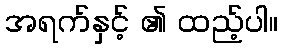
အရက်နှင့် ၏ ထည့်ပါ။